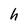
Character: h